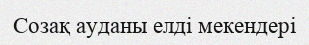
Созақ ауданы елді мекендері